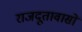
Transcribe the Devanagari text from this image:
राजदूतावासों